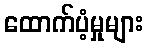
ထောက်ပံ့မှုများ